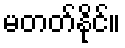
မတတ်နိုင်။